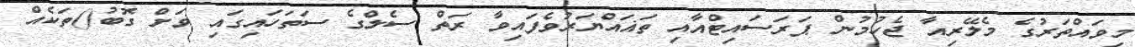
މިވައްތަރުގެ މެލޭރިއާ ޖެހުމުން ޕަރަސައިޓްއާއި ތަޣައްޔަރުވެފައިވާ ރަތް ސެލްގެ ސަތަހައިގައި ވަށް ގޮބު()ތަކެއް